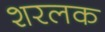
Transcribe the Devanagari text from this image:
शरलक